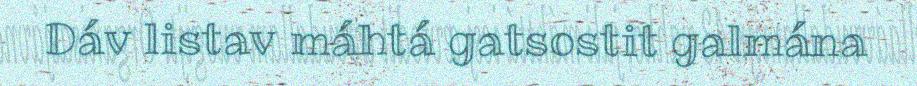
Dáv listav máhtá gatsostit galmána